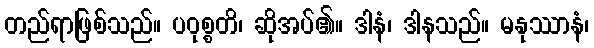
တည်ရာဖြစ်သည်။ ပဝုစ္စတိ၊ ဆိုအပ်၏။ ဒါနံ၊ ဒါနသည်။ မနုဿာနံ၊